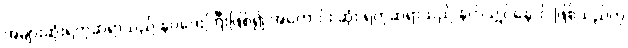
အများဆုံးရတုဆရာသည် နဝဒေးကြီးဖြစ်၍ အကောင်း ဆုံး ရတုဆရာသည် နတ်သျှင်နောင် ဖြစ်သည်ဟု